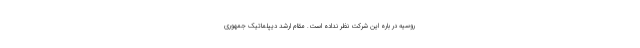
روسیه در باره این شرکت نظر نداده است. مقام ارشد دیپلماتیک جمهوری